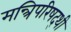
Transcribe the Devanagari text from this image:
मन्त्रिपरिषद्‍थी